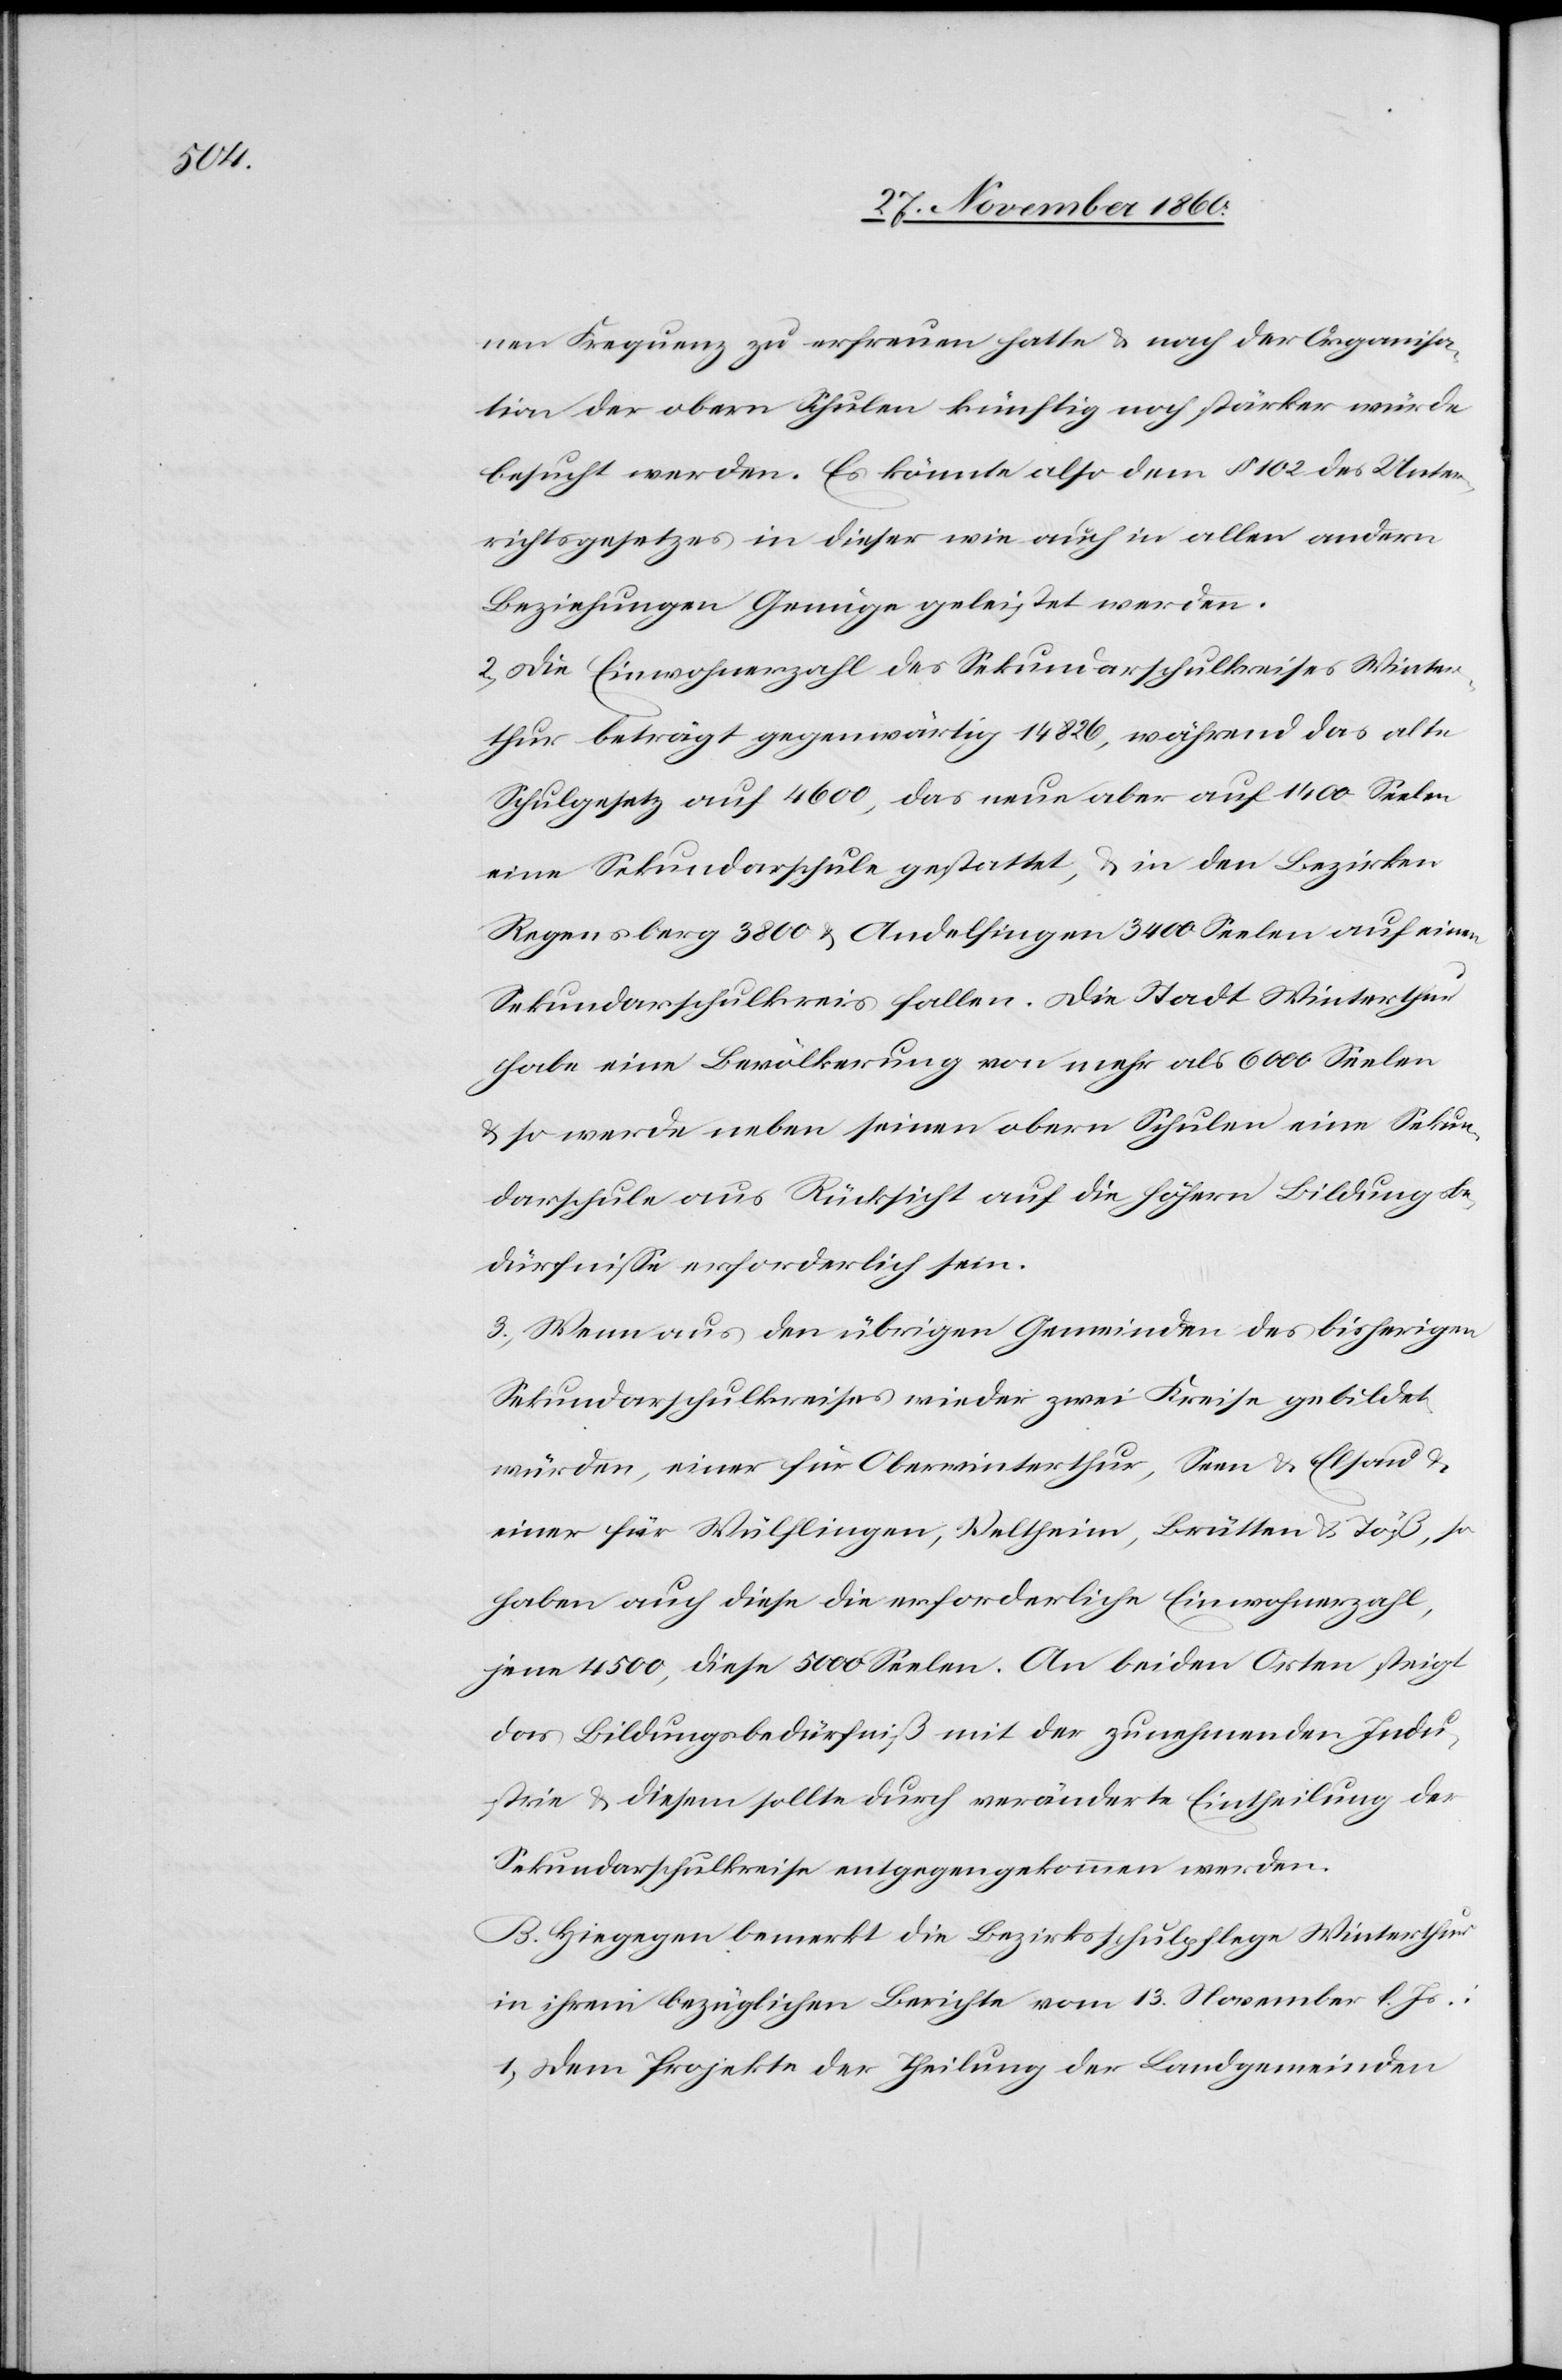
nen Frequenz zu erfreuen hatte u. nach der Organisa¬
tion der obern Schulen künftig noch stärker würde
besucht werden. Es könnte also dem § 102 des Unter¬
richtsgesetzes in dieser wie auch in allen andern
Beziehungen Genüge geleistet werden.
2. Die Einwohnerzahl des Sekundarschulkreises Winter¬
thur beträgt gegenwärtig 14 826, während das alte
Schulgesetz auf 4600, das neue aber auf 1400 Seelen
eine Sekundarschule gestattet, u. in den Bezirken
Regensberg 3800 u. Andelfingen 3400 Seelen auf einen
Sekundarschulkreis fallen. Die Stadt Winterthur
habe eine Bevölkerung von mehr als 6000 Seelen
u. so werde neben seinen obern Schulen eine Sekun¬
darschule aus Rücksicht auf die höhern Bildungsbe¬
dürfnisse erforderlich sein.
3. Wenn aus den übrigen Gemeinden des bisherigen
Sekundarschulkreises wieder zwei Kreise gebildet
würden, einer für Oberwinterthur, Seen u. Elsand u.
einer für Wülflingen, Veltheim, Brütten u. Töß, so
haben auch diese die erforderliche Einwohnerzahl,
jene 4500, diese 5000 Seelen. An beiden Orten steigt
das Bildungsbedürfniß mit der zunehmenden Indu¬
strie u. diesem sollte durch veränderte Eintheilung der
Sekundarschulkreise entgegengekommen werden.
B. Hiegegen bemerkt die Bezirksschulpflege Winterthur
in ihrem bezüglichen Berichte vom 13. November l. Js.:
1. Dem Projekte der Theilung der Landgemeinden